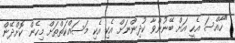
"ހާއްސަ އެހީ އަށް ބޭނުންވާ ކުދިންނަށް އެކި އެކި މަސައްކަތްތަށް މިހެން ކޮށްދޭން